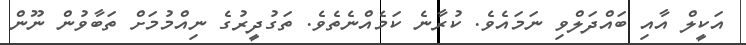
އަކީލް އާއި ބައްދަލްވި ނަމައެވެ. ކުރާނެ ކަމެއްނެތެވެ. ތަގުދީރުގެ ނިއްމުމަށް ތަބާވުން ނޫން